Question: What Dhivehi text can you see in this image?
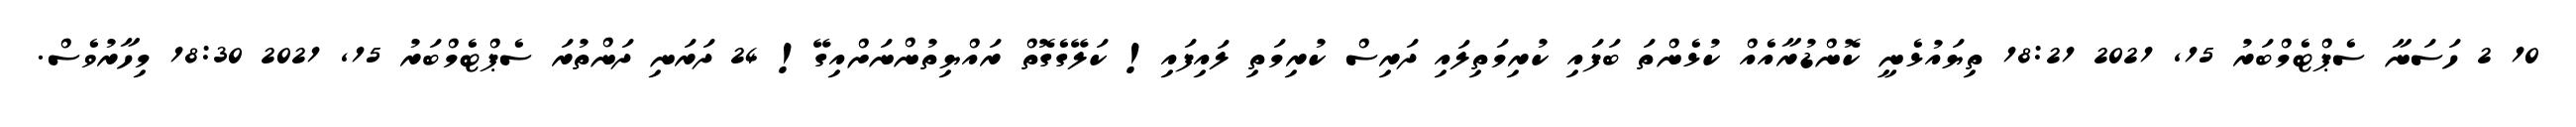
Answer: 10 2 ހަސަނާ ސެޕްޓެމްބަރު 15, 2021 18:21 ތިޔައުޅެނީ ކޮންޑުރާއެއް ކުޅެންތަ ބަފައި ކުރިމަތިލައި ދަރިސް ކުރިމަތި ލައިފައި! ކަލޭގެގޮތް ރައްޔިތުންނަށްއިގޭ! 24 ދަރަނި ދަންތުރަ ސެޕްޓެމްބަރު 15, 2021 18:30 މިހާރުވެސް.